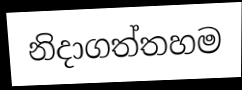
නිදාගත්තහම